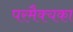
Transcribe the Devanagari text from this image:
परमैक्यका